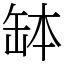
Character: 缽